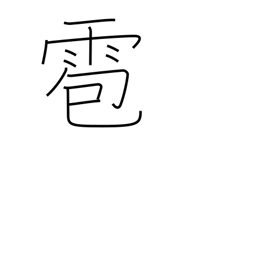
Meaning: hail